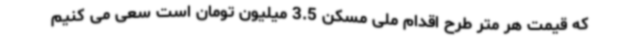
که قیمت هر متر طرح اقدام ملی مسکن 3.5 میلیون تومان است سعی می کنیم